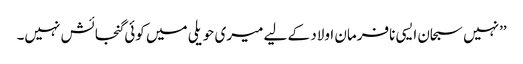
’’نہیں سبحان ایسی نافرمان اولاد کے لیے میری حویلی میں کوئی گنجائش نہیں۔